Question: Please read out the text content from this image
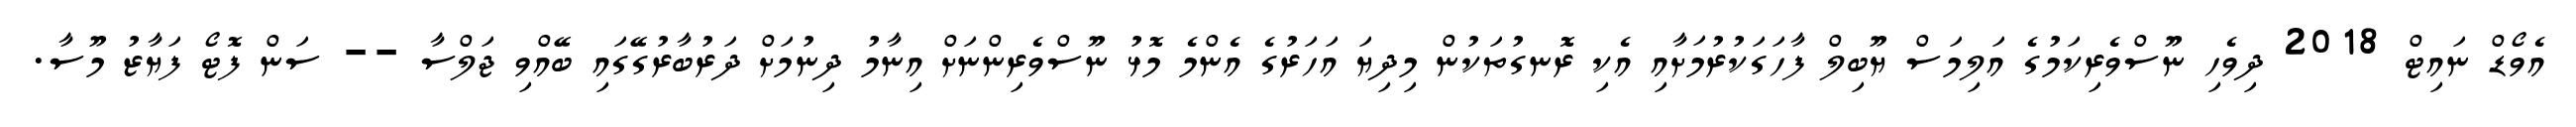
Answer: އެވޯޑް ނައިޓް 2018 ދިވެހި ނޫސްވެރިކަމުގެ އަލިމަސް ޔޫބިލް ފާހަގަކުރުމަށާއި އެކި ރޮނގުތަކުން މިދިޔަ އަހަރުގެ އެންމެ މޮޅު ނޫސްވެރިންނަށް އިނާމު ދިނުމަށް ދަރުބާރުގޭގައި ބޭއްވި ޖަލްސާ -- ސަން ފޮޓޯ ފަޔާޒު މޫސާ.